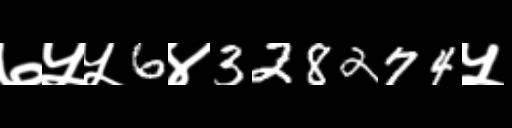
Text: ७५५6४328274५